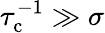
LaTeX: \tau_{\mathrm{c}}^{-1}\gg\sigma